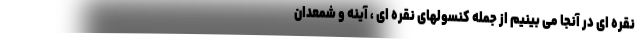
نقره ای در آنجا می بینیم از جمله کنسولهای نقره ای ، آینه و شمعدان